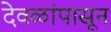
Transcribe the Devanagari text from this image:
देवळांपासून